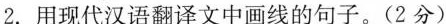
2.用现代汉语翻译文中画线的句子。(2分)